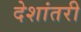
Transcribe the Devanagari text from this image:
देशांतरी